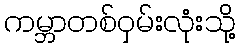
ကမ္ဘာတစ်ဝှမ်းလုံးသို့